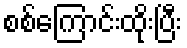
စစ်ကြောင်းထိုးပြီး